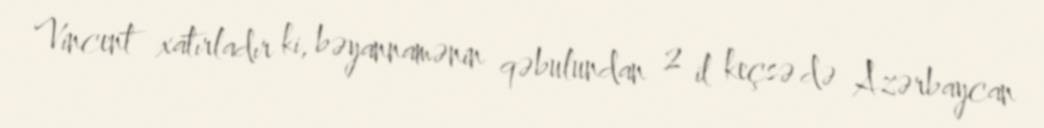
Vincent xatırladır ki, bəyannamənin qəbulundan 2 il keçsə də Azərbaycan